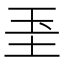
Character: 𱖓